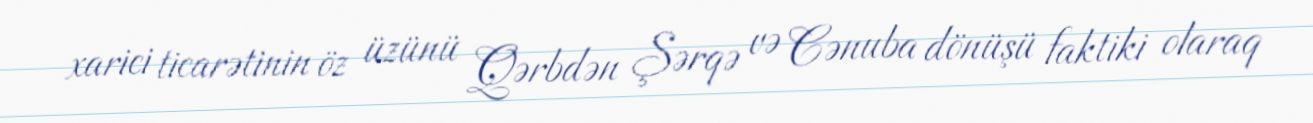
xarici ticarətinin öz üzünü Qərbdən Şərqə və Cənuba dönüşü faktiki olaraq